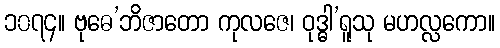
၁၀၇၄။ ဗုဓေ’ဘိဇာတော ကုလဇေ၊ ဝုဒ္ဓါ’ရူသု မဟလ္လကော။